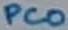
Text: PC0